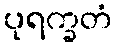
ပုရက္ခတံ